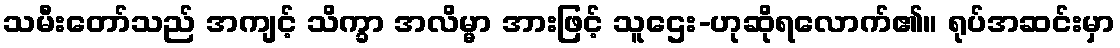
သမီးတော်သည် အကျင့် သိက္ခာ အလိမ္မာ အားဖြင့် သူဌေး-ဟုဆိုရလောက်၏။ ရုပ်အဆင်းမှာ